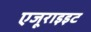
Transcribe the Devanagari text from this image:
एजूराइइट